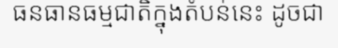
ធនធានធម្មជាតិក្នុងតំបន់នេះ ដូចជា